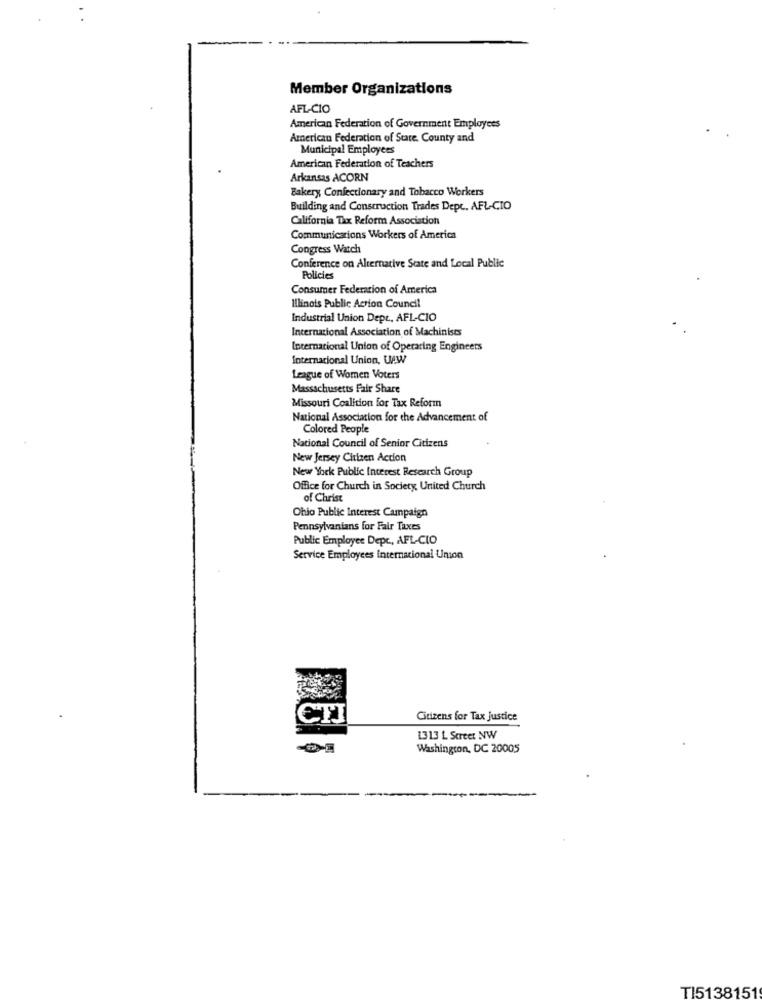
Member Organizations
AFL-CIO
American Federation of Government Employees
American Federation of State. County and
Municipal Employees
American Federation of Teachers
Arkansas ACORN
Bakery Confectionary and Tobacco Workers
Building and Construction Trades Depc, AFL-CIO
California Tax Reform Association
Communications Workers of America
Congress Watch
Conference on Alternative State and Local Public
Policies
Consumer Federation of America
Illinois Public Action Council
Industrial Union Dept, AFL-CIO
Internacional Association of Machinists
International Union of Operating Engineers
Internacional Union, U.W
League of Women Voters
Massachusetts Fair Share
Missouri Coalition for Tax Reform
National Association for the Advancement of
Colored People
National Council of Senior Citizens
New Jersey Citizen Action
New York Public Interest Research Group
Office for Church in Society, United Church
of Christ
Ohio Public Interest Campaign
Pennsylvanians for Fair Taxes
Public Employee Depc, AFL-CIO
Service Employees internacional Union
Citizens for Tax Justice
1313 L Street NW
Washington, DC 20005
T15138151